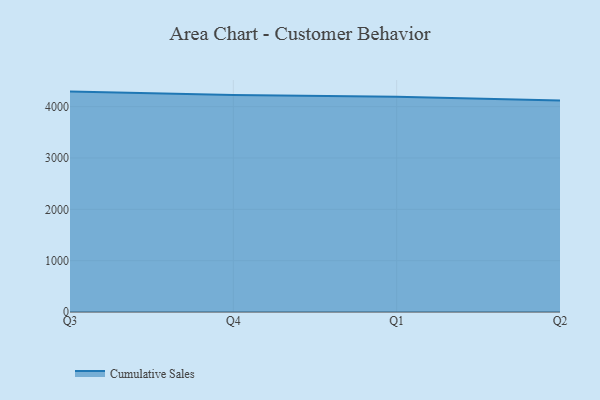
{"axis": {"x": "Quarter", "y": "Inventory Turnover"}, "legend": ["Cumulative Sales"], "data": [{"x": "Q3", "y": 4293.2, "type": "Cumulative Sales"}, {"x": "Q4", "y": 4226.3, "type": "Cumulative Sales"}, {"x": "Q1", "y": 4191.6, "type": "Cumulative Sales"}, {"x": "Q2", "y": 4121.7, "type": "Cumulative Sales"}]}